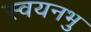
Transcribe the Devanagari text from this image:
स्वयनभु